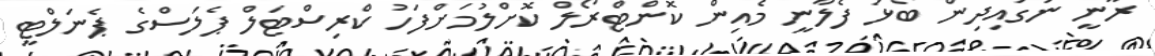
ރޫނީ ނަގައިދިން ބޯޅަ ފެލާނީ މެއިން ކޮންޓްރޯލް ކޮށްލުމަށްފަހު ކްރިސްޓަލް ޕެލަސްގެ ޕެނަލްޓީ